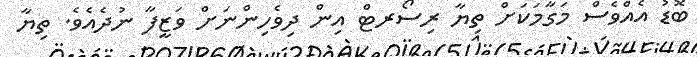
ބޮޑު އެއްވެސް މަގާމަކަށް ތިޔާ ރިސޯރޓް އިން ދިވެހިންނަށް ވަޒީފާ ނުދެއެވެ. ތިޔާ